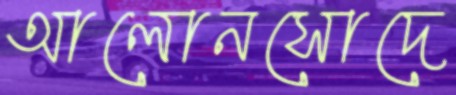
আলোনসোদে